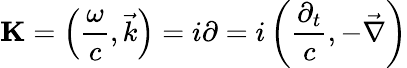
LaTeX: \mathbf{K}=\left({\frac{\omega}{c}},{\vec{k}}\right)=i\mathbf{\partial}=i\left({\frac{\partial_{t}}{c}},-{\vec{\nabla}}\right)